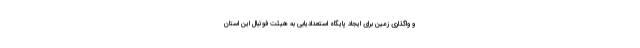
و واگذاری زمین برای ایجاد پایگاه استعدادیابی به هیئت فوتبال این استان